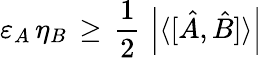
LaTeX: \varepsilon_{A}\, \eta_{B}\, \geq\, {\frac{1}{2}}\, \left|\langle[{\hat{A}},{\hat{B}}]\rangle\right|